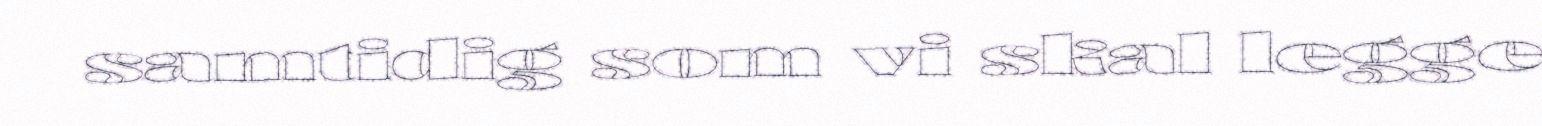
samtidig som vi skal legge